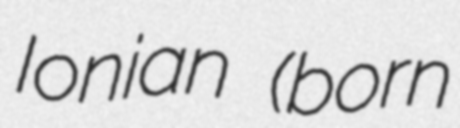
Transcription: Ionian (born